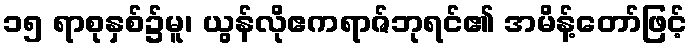
၁၅ ရာစုနှစ်၌မူ၊ ယွန်လိုဧကရာဇ်ဘုရင်၏ အမိန့်တော်ဖြင့်